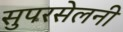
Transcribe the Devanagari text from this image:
सुपरसेलनी